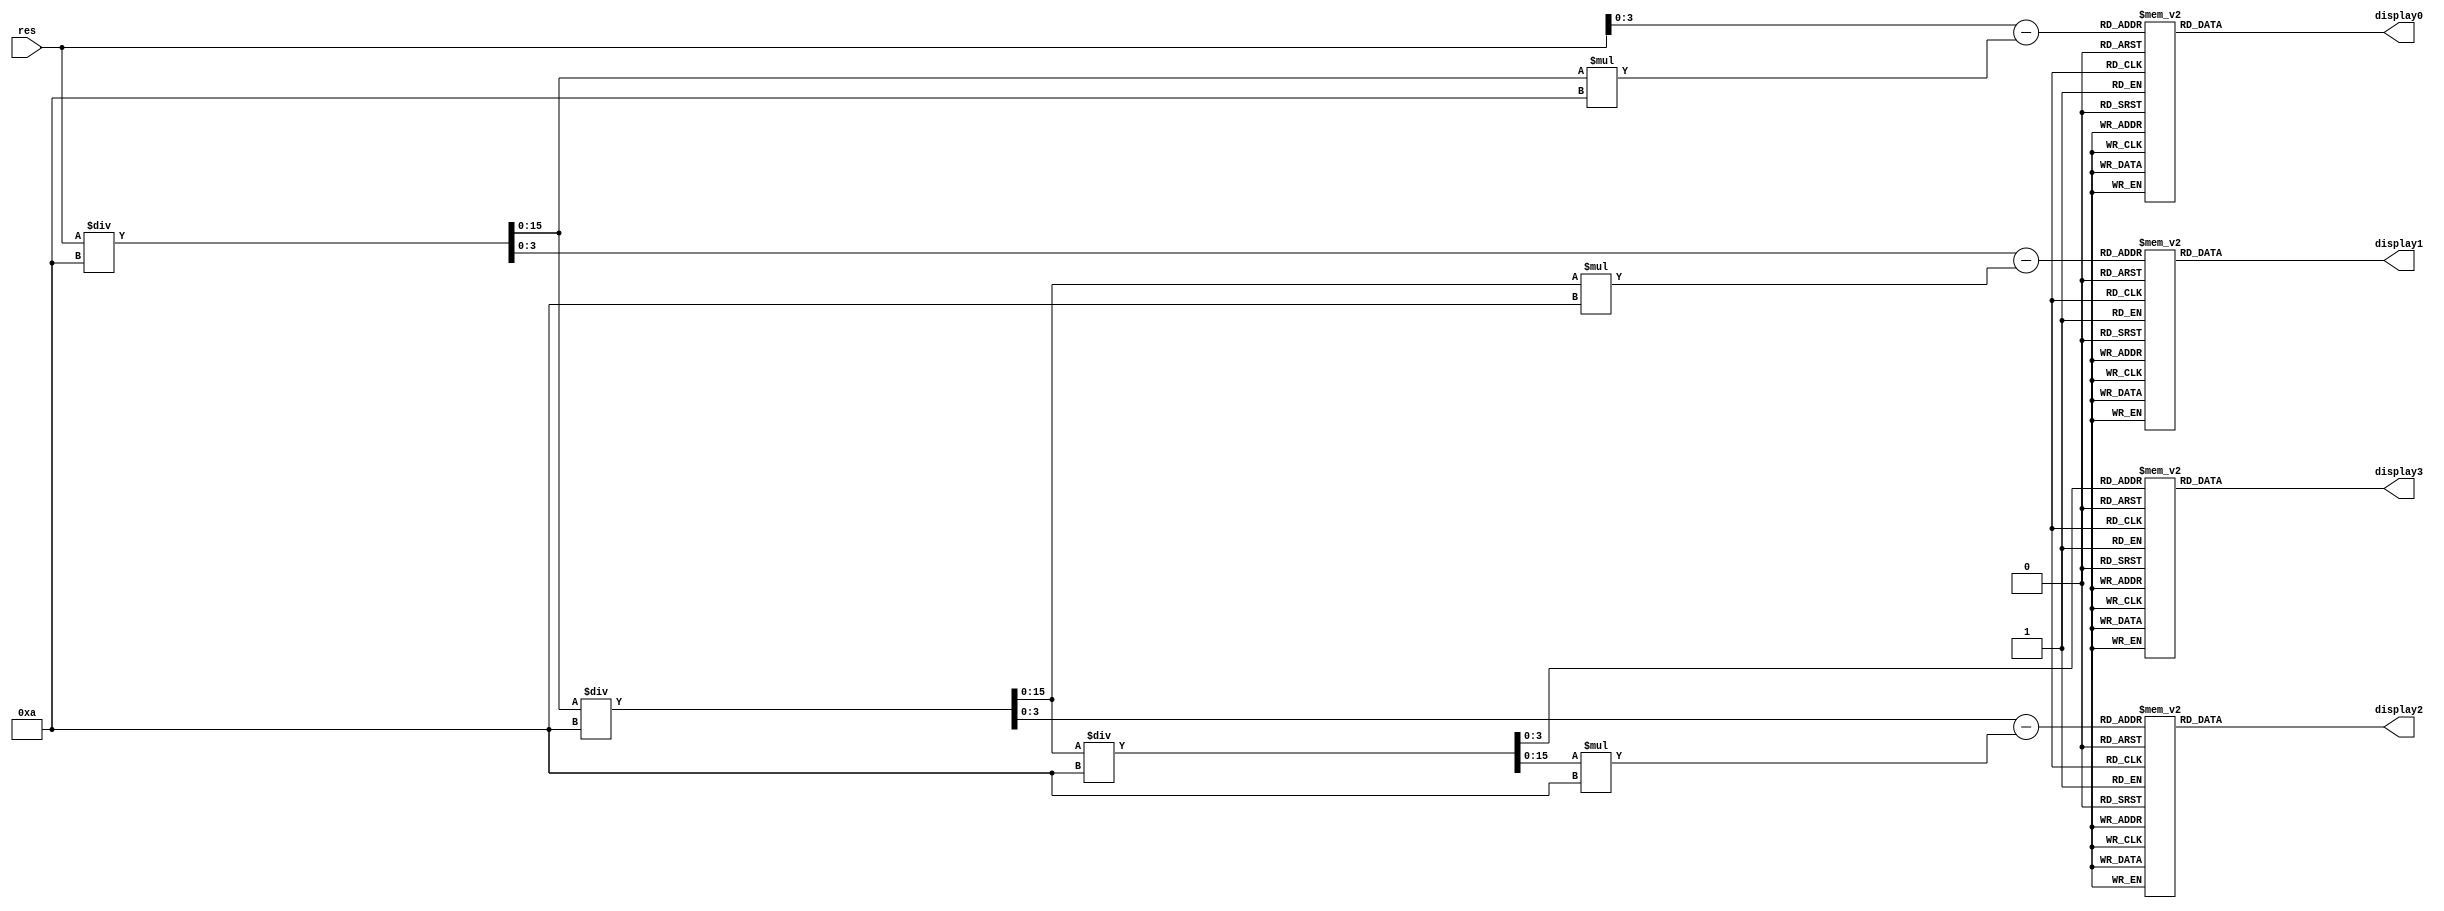
module display 
(input [9:0] res, 
output reg[6:0] display0, display1, display2, display3);

wire[15:0] dif, dif2, dif3, dif4;
wire[15:0] div, div2, div3, div4;

assign div = res/10; //3426/10 >>> 342
assign dif = div*10; //342*10 >>> 3420
wire[3:0] numeroDisplay0 = res-dif; //3426-3420 >>> 6

assign div2 = div/10; //342/10 >>> 34
assign dif2 = div2*10; //34*10 >>> 340
wire[3:0] numeroDisplay1 = div-dif2; //342-340 >>> 2

assign div3 = div2/10; //34/10 >>> 3
assign dif3 = div3*10; //3*10 >>> 30
wire[3:0] numeroDisplay2 = div2-dif3; //34-30 >>> 4

wire[3:0] numeroDisplay3 = div3; //3

always @(*)
begin
	case(numeroDisplay0) 
		4'b0000 : display0 <= 7'b1000000; 
		4'b0001 : display0 <= 7'b1111001; 
		4'b0010 : display0 <= 7'b0100100; 
		4'b0011 : display0 <= 7'b0110000; 
		4'b0100 : display0 <= 7'b0011001; 
		4'b0101 : display0 <= 7'b0010010; 
		4'b0110 : display0 <= 7'b0000010; 
		4'b0111 : display0 <= 7'b1011000; 
		4'b1000 : display0 <= 7'b0000000;
		4'b1001 : display0 <= 7'b0010000; 
		default : display0 <= 7'b0111111;
	endcase
	
	case(numeroDisplay1) 
		4'b0000 : display1 <= 7'b1000000; 
		4'b0001 : display1 <= 7'b1111001; 
		4'b0010 : display1 <= 7'b0100100; 
		4'b0011 : display1 <= 7'b0110000; 
		4'b0100 : display1 <= 7'b0011001; 
		4'b0101 : display1 <= 7'b0010010; 
		4'b0110 : display1 <= 7'b0000010; 
		4'b0111 : display1 <= 7'b1011000; 
		4'b1000 : display1 <= 7'b0000000;
		4'b1001 : display1 <= 7'b0010000; 
		default : display1 <= 7'b0111111;
	endcase
	
	case(numeroDisplay2) 
		4'b0000 : display2 <= 7'b1000000; 
		4'b0001 : display2 <= 7'b1111001; 
		4'b0010 : display2 <= 7'b0100100; 
		4'b0011 : display2 <= 7'b0110000; 
		4'b0100 : display2 <= 7'b0011001; 
		4'b0101 : display2 <= 7'b0010010; 
		4'b0110 : display2 <= 7'b0000010; 
		4'b0111 : display2 <= 7'b1011000; 
		4'b1000 : display2 <= 7'b0000000;
		4'b1001 : display2 <= 7'b0010000; 
		default : display2 <= 7'b0111111;
	endcase
	
	case(numeroDisplay3) 
		4'b0000 : display3 <= 7'b1000000; 
		4'b0001 : display3 <= 7'b1111001; 
		4'b0010 : display3 <= 7'b0100100; 
		4'b0011 : display3 <= 7'b0110000; 
		4'b0100 : display3 <= 7'b0011001; 
		4'b0101 : display3 <= 7'b0010010; 
		4'b0110 : display3 <= 7'b0000010; 
		4'b0111 : display3 <= 7'b1011000; 
		4'b1000 : display3 <= 7'b0000000;
		4'b1001 : display3 <= 7'b0010000; 
		default : display3 <= 7'b0111111;
	endcase

end
endmodule